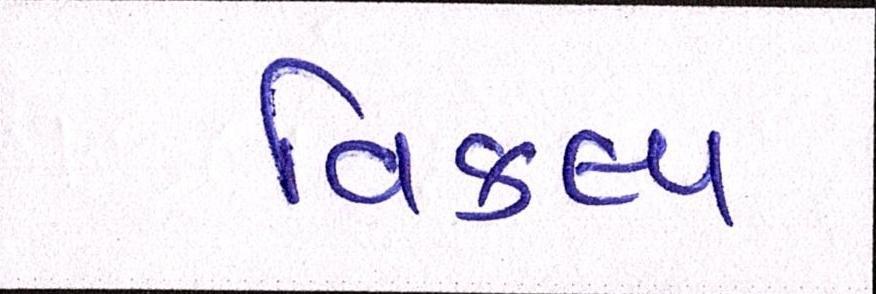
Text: વિકલ્પ